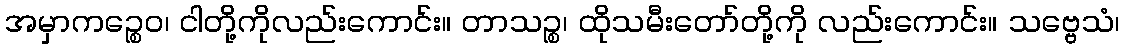
အမှာကဉ္စေဝ၊ ငါတို့ကိုလည်းကောင်း။ တာသဉ္စ၊ ထိုသမီးတော်တို့ကို လည်းကောင်း။ သဗ္ဗေသံ၊